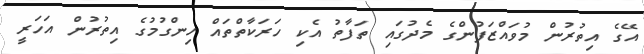
އޭގެ އިތުރުން މުވައްޒަފުންގެ މެދުގައި ތަފާތު އެކި ހަރަކާތްތައް ހިންގުމުގެ އިތުރުން އަހަރީ